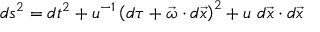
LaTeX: d s ^ { 2 } = d t ^ { 2 } + u ^ { - 1 } \left( d \tau + \vec { \omega } \cdot d \vec { x } \right) ^ { 2 } + u ~ d \vec { x } \cdot d \vec { x }